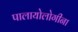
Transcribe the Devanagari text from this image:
पालायोलोगीना